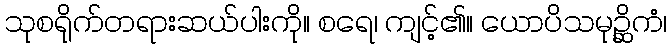
သုစရိုက်တရားဆယ်ပါးကို။ စရေ၊ ကျင့်၏။ ယောပိသမုဉ္ဆိကံ၊